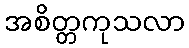
အစိတ္တကုသလာ